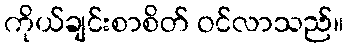
ကိုယ်ချင်းစာစိတ် ဝင်လာသည်။